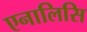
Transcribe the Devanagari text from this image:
एनालिसि